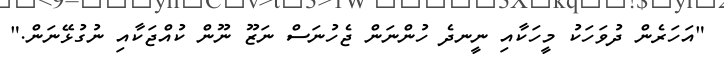
"އަހަރެން ދުވަހަކު މީހަކާއި ނީނދެ ހުންނަން ޖެހުނަސް ނަޒޫ ނޫން ކުއްޖަކާއި ނުގުޅޭނަން."